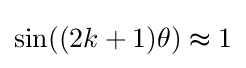
\sin((2k+1)\theta )\thickapprox 1